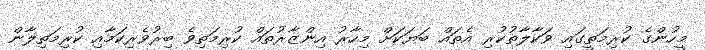
މީހުންގެ ކުރިމަތީގައި ވަކާލާތުކުރި އެތައް ބަޔަކަށް މިހާރު އިންޒާރުތައް ކުރިމަތިވެ ބިރުވެރިކަމާއި ކުރިމަތިލާން